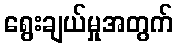
ရွေးချယ်မှုအတွက်